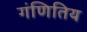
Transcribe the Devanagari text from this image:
गंणितिय